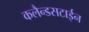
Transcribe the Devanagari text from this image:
कलैन्डसटाईन